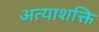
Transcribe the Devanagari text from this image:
अत्याशक्ति